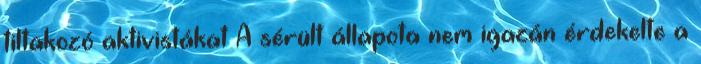
tiltakozó aktivistákat A sérült állapota nem igazán érdekelte a